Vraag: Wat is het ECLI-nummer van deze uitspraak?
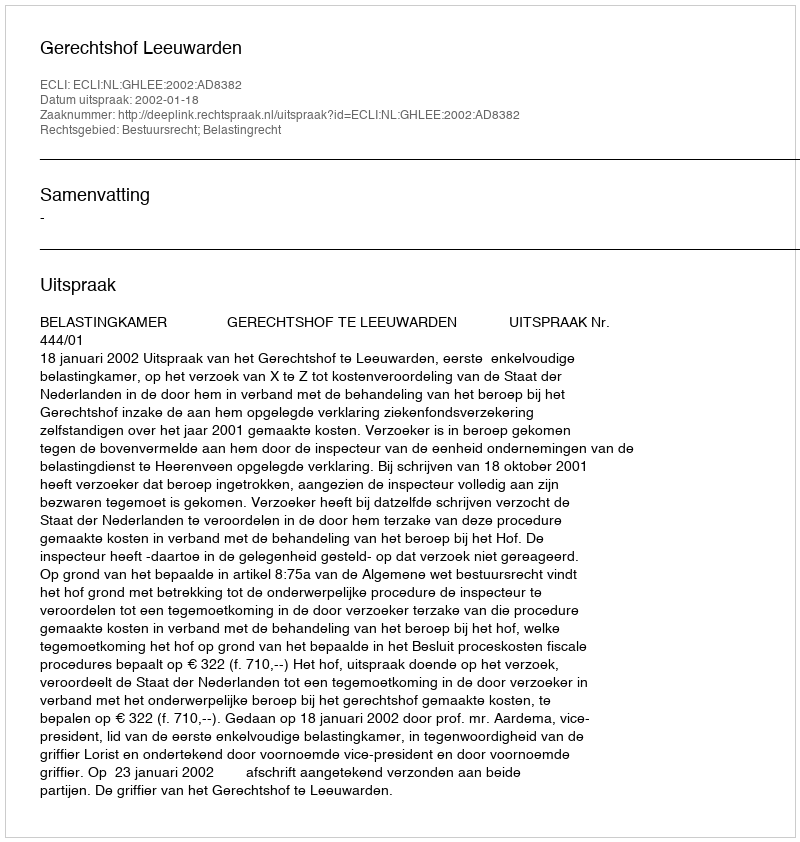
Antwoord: ECLI:NL:GHLEE:2002:AD8382